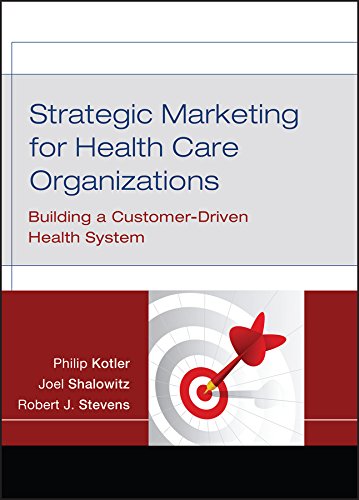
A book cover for Strategic Marketing For Health Care Organizations: Building A Customer-Driven Health System; Philip Kotler; Medical Books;